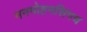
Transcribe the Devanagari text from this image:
मनमोहनसिंगच